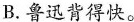
B.鲁迅背得快。